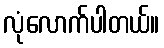
လုံလောက်ပါတယ်။